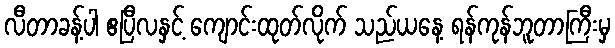
လီတာခန့်ပါ ဧပြီလနှင့် ကျောင်းထုတ်လိုက် သည်ယနေ့ ရန်ကုန်ဘူတာကြီးမှ